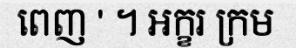
ពេញ ' ។ អក្ខរ ក្រម